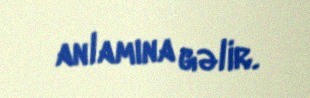
anlamına gəlir.